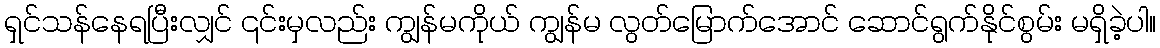
ရှင်သန်နေရပြီးလျှင် ၎င်းမှလည်း ကျွန်မကိုယ် ကျွန်မ လွတ်မြောက်အောင် ဆောင်ရွက်နိုင်စွမ်း မရှိခဲ့ပါ။